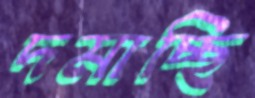
দমাচ্ছি